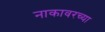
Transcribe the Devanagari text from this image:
नाकावरच्या